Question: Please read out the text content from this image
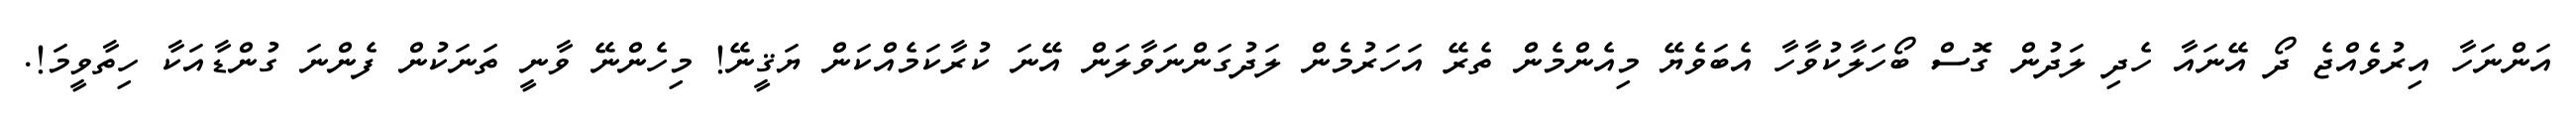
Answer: އަންނަހާ އިރުވެއްޖެ ދޯ އޭނައާ ހެދި ލަދުން ގޮސް ބޯހަލާކުވާހާ އެބަވެޔޭ މިއެންމެން ތެރޭ އަހަރުމެން ލަދުގަންނަވާލަން އޭނަ ކުރާކަމެއްކަން ޔަޤީނޭ! މިހެންނޭ ވާނީ ތަނަކުން ފެންނަ ގުންޑާއަކާ ހިތާވީމަ!.